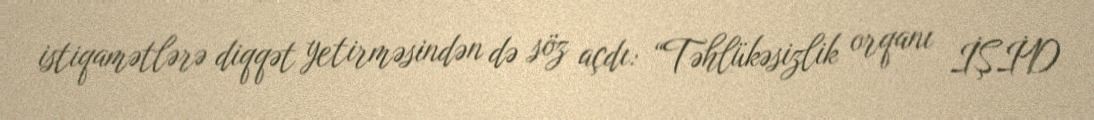
istiqamətlərə diqqət yetirməsindən də söz açdı: “Təhlükəsizlik orqanı İŞİD